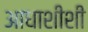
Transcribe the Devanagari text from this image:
आधाशीशी